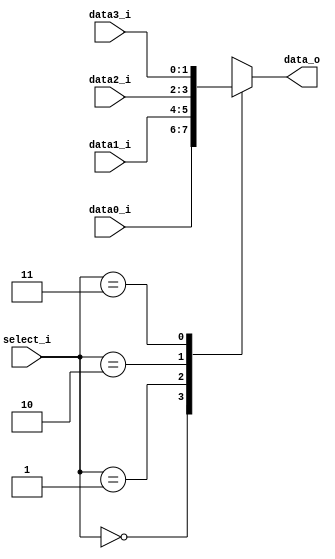
// 0516244 TAY CHUN KEAT

module MUX_4to1(
               data0_i,
               data1_i,
	       data2_i,
	       data3_i,
               select_i,
               data_o
               );

parameter size = 0;			   
			
//I/O ports               
input   [size-1:0] data0_i;          
input   [size-1:0] data1_i;
input   [size-1:0] data2_i;
input   [size-1:0] data3_i;
input   [1:0]      select_i;
output  [size-1:0] data_o; 

//Internal Signals
reg     [size-1:0] data_o;

//Main function
always@(*)begin
	case(select_i)
		2'b00:	data_o<=data0_i;
		2'b01:	data_o<=data1_i;
		2'b10:	data_o<=data2_i;
		2'b11:	data_o<=data3_i;
	endcase
end
endmodule